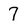
Character: 7